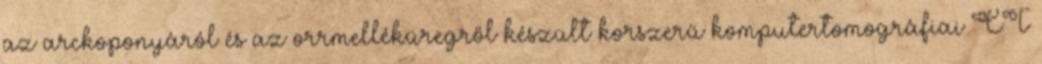
az arckoponyáról és az orrmelléküregről készült korszerű komputertomográfiai CT